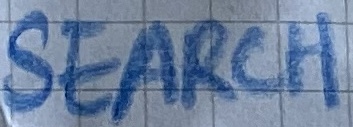
Text: SEARCH